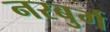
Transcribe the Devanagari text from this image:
नरबुर्ग